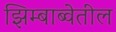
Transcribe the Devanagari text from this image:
झिम्बाब्वेतील